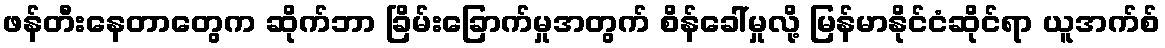
ဖန်တီးနေတာတွေက ဆိုက်ဘာ ခြိမ်းခြောက်မှုအတွက် စိန်ခေါ်မှုလို့ မြန်မာနိုင်ငံဆိုင်ရာ ယူအက်စ်